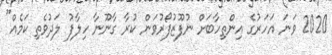
2020 ވަނަ އަހަރުގެ އިންތިހާބަށް ނުފޫޒުފޯރުވަން ކުރާ ގާނޫނާ ހިލާފު ލަދުވެތި ކަމެއް"